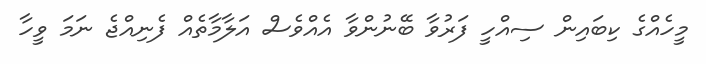
މީހެއްގެ ކިބައިން ސިއްހީ ފަރުވާ ބޭނުންވާ އެއްވެސް އަލާމާތެއް ފެނިއްޖެ ނަމަ ވީހާ